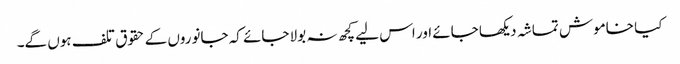
کیا خاموش تماشہ دیکھا جائے اور اس لیے کچھ نہ بولا جائے کہ جانوروں کے حقوق تلف ہوں گے۔